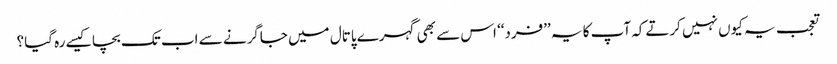
تعجب یہ کیوں نہیں کرتےکہ آپ کا یہ ’’فرد‘‘ اس سے بھی گہرے پاتال میں جاگرنے سے اب تک بچا کیسے رہ گیا؟